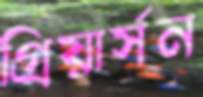
গ্রিয়ার্সন